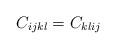
LaTeX: \begin{align*} C_{i j k l} = C_{k l i j} \end{align*}